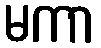
မကာ